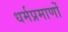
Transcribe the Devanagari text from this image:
धर्मप्रमाणों